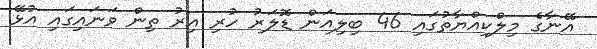
އޭނާގެ މިލްކިއްޔާތުގައި 46 ބިލިއަން ޑޮލަރު ހުރި އިރު ތިން ވަނައިގައި އުޅޭ